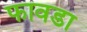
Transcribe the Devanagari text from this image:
फावडा